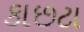
કાછટા